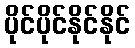
ပိုင်ပိုင်နိုင်နိုင်